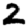
Digit: 2